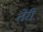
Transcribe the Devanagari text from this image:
तेेरी